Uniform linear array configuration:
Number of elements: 4
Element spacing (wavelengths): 1
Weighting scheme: binomial
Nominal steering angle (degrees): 0
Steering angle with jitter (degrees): -1.169
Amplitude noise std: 0.05
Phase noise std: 0.05

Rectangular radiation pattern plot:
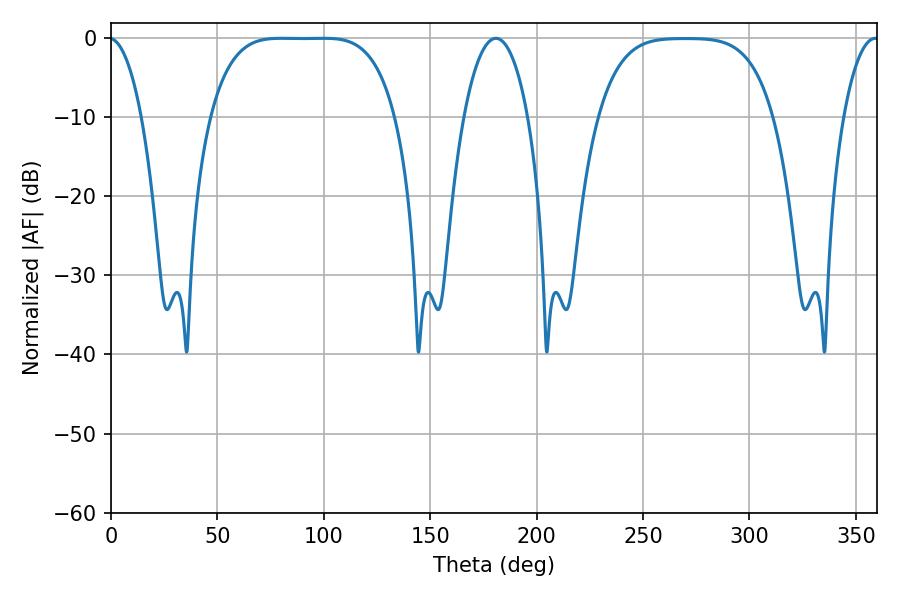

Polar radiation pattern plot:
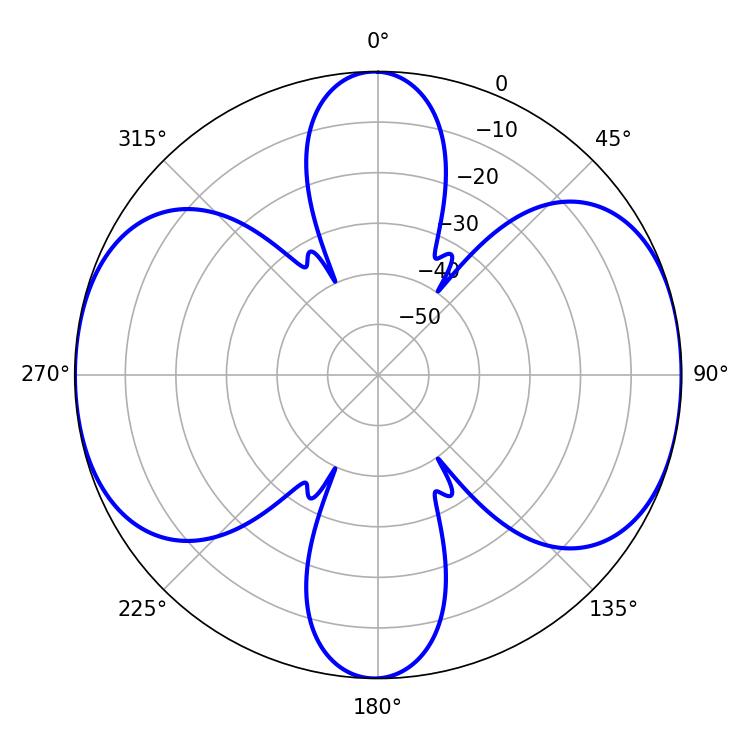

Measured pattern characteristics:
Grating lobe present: TRUE
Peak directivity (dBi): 13.11
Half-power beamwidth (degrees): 66.24
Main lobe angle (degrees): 80.1